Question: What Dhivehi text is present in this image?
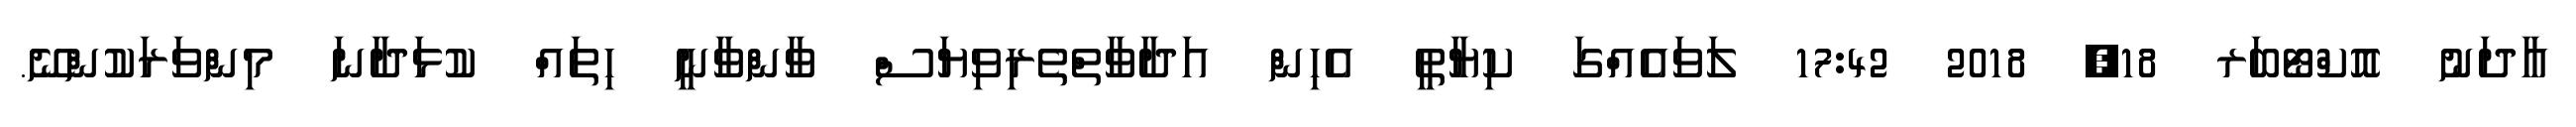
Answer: އާދަނު އޮކްޓޯބަރ 18, 2018 17:42 ލަވައެއްގަ ކިޔާތީ އެހިން އަދާވާތްތެރިވިޔަސް ވާންވާނީ ހިތައް ކުޅަދާނަ މިންވަރަކުންނޭ.